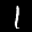
Label: 1